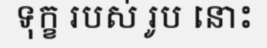
ទុក្ខ របស់ រូប នោះ